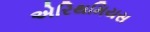
એરિથમિયસ